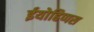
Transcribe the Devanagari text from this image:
ईयोहिप्पस